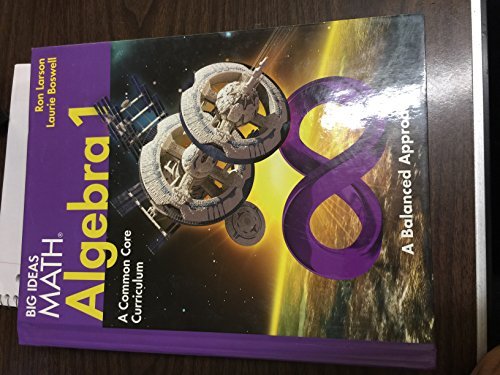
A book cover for BIG IDEAS MATH Algebra 1: Common Core Student Edition 2014; HOUGHTON MIFFLIN HARCOURT; Teen & Young Adult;